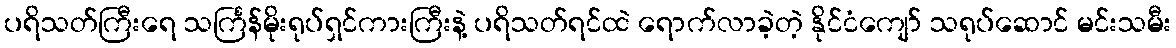
ပရိသတ်ကြီးရေ သင်္ကြန်မိုးရုပ်ရှင်ကားကြီးနဲ့ ပရိသတ်ရင်ထဲ ရောက်လာခဲ့တဲ့ နိုင်ငံကျော် သရုပ်ဆောင် မင်းသမီး